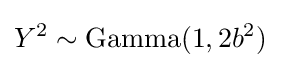
Y^{2}\sim {\textrm {Gamma}}(1,2b^{2})